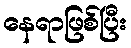
နေရာဖြစ်ပြီး